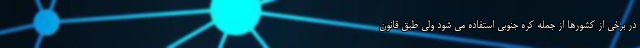
در برخی از کشورها از جمله کره جنوبی استفاده می شود ولی طبق قانون